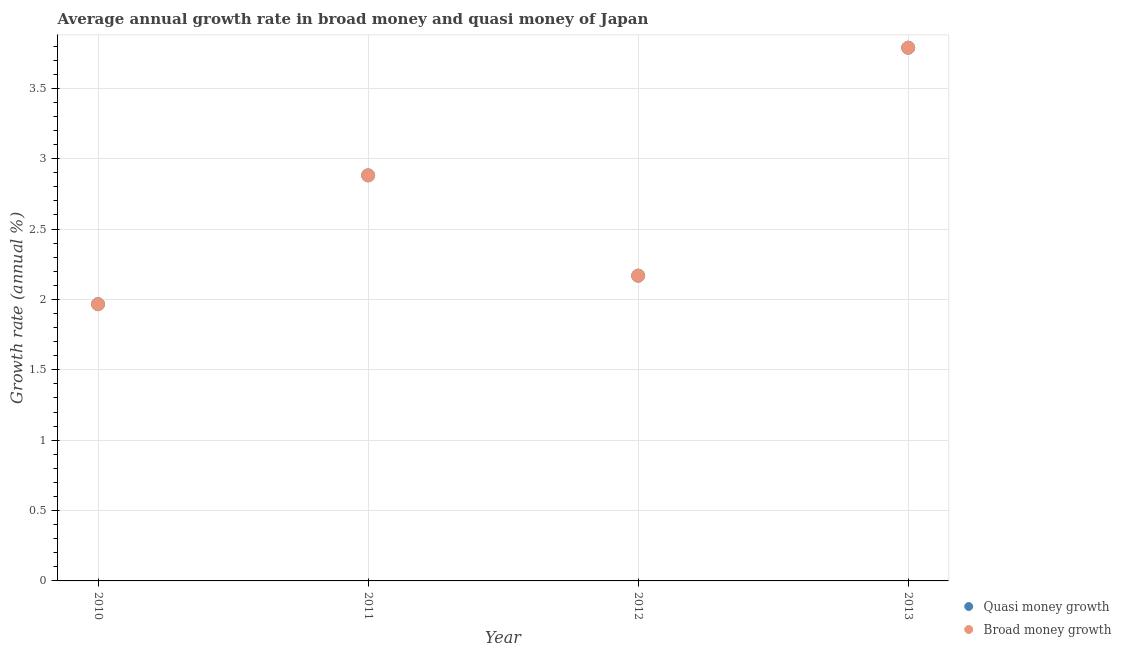
| Year | Quasi money growth | Broad money growth |
 | --- | --- | --- |
 | 2010 | 1.97 | 1.97 |
 | 2011 | 2.88 | 2.88 |
 | 2012 | 2.17 | 2.17 |
 | 2013 | 3.79 | 3.79 |